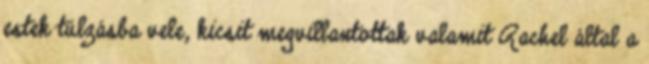
estek túlzásba vele, kicsit megvillantottak valamit Rachel által a